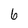
Character: 6